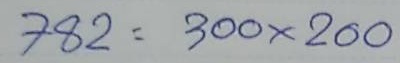
782 = 300 x 200